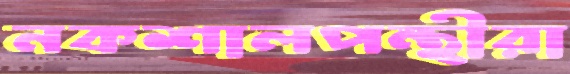
নকশালপন্থীরা